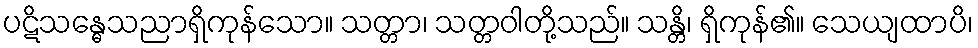
ပဋိသန္ဓေသညာရှိကုန်သော။ သတ္တာ၊ သတ္တဝါတို့သည်။ သန္တိ၊ ရှိကုန်၏။ သေယျထာပိ၊